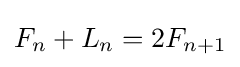
F_{n}+L_{n}=2F_{n+1}